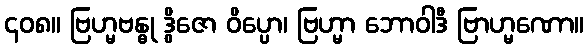
၄၀၈။ ဗြဟ္မဗန္ဓု ဒွိဇော ဝိပ္ပော၊ ဗြဟ္မာ ဘောဝါဒီ ဗြာဟ္မဏော။